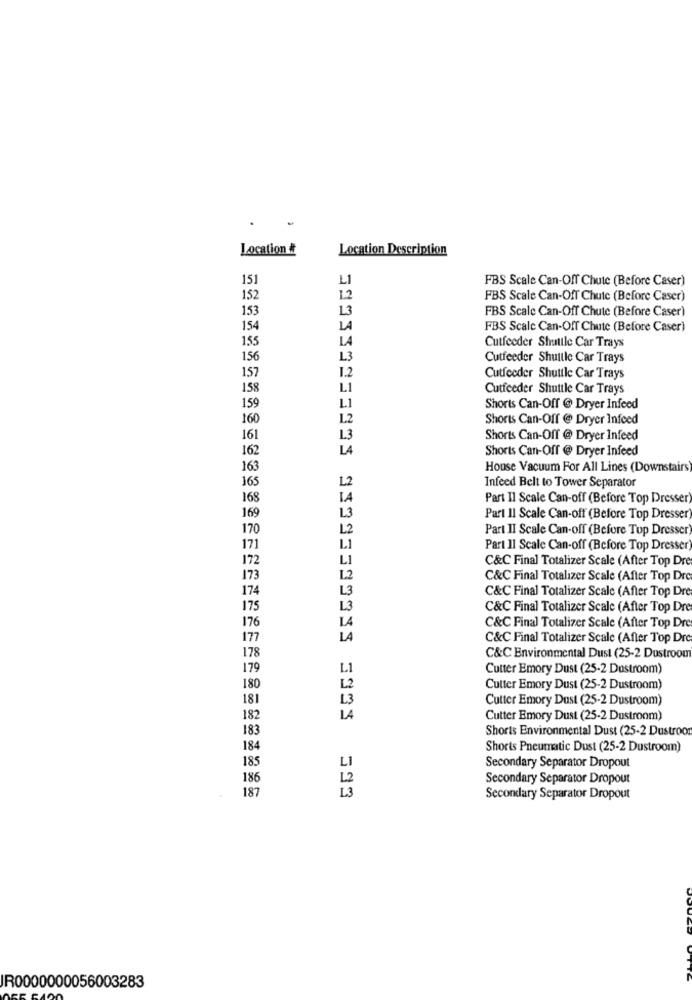
Location #
Location Description
151
LI
FBS Scale Can-Off Chute (Before Caser)
1.2
152
FBS Scale Can-Off Chute (Before Caser)
153
L3
FBS Scale Can-Off Chute (Before Caser)
154
LA
FBS Scale Can-Off Chute (Before Caser)
155
LA
Cutfeeder Shuttle Car Trays
156
13
Cutfeeder Shuttle Car Trays
157
1.2
Cutfeeder Shuttle Car Trays
158
L1
Cutfeeder Shuttle Car Trays
159
L1
Shorts Can-Off @ Dryer Infeed
160
1.2
Shorts Can-Off @ Dryer Infeed
161
Shorts Can-Off @ Dryer Infeed
162
LA
Shorts Can-Off @ Dryer Infeed
163
House Vacuum For All Lines (Downstairs
163
Infeed Belt to Tower Separator
12
168
Part Il Scale Can-off (Before Top Dresser)
169
Part II Scale Can-off (Before Top Dresser)
170
Part II Scale Can-off (Before Top Dresser
171
Part II Scale Can-off (Before Top Dresser)
172
C&C Final Totalizer Scale (After Top Dre
173
C&C Final Totalizer Scale (After Top Dre
174
C&C Final Totalizer Scale (After Top Dre
175
L3
C&C Final Totalizer Scale (After Top Dre
176
LA
C&C Final Totalizer Scale (After Top Dre
177
LA
C&C Final Totalizer Scale (After Top Dre
178
C&C Environmental Dust (25-2 Dustroom
179
Cutter Emory Dust (25-2 Dostroom)
180
Cutter Emory Dust (25-2 Dustroom)
181
Cutter Emory Dust (25-2 Dustroom)
182
LA
Cutter Emory Dust (25-2 Dustroom)
183
Shorts Environmental Dust (25-2 Dustroom
184
Shorts Pneumatic Dust (25-2 Dustroom)
185
LI
Secondary Separator Dropout
186
L2
Secondary Separator Dropout
187
L3
Secondary Separator Dropout
IR0000000056003283